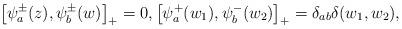
LaTeX: \begin{align*}\big[\psi_{a}^{\pm}(z),\psi^{\pm}_{b}(w)\big]_{+}=0,\big[\psi_{a}^{+}(w_{1}),\psi_{b}^{-}(w_{2})\big]_{+}=\delta_{ab}\delta(w_{1},w_{2}),\end{align*}